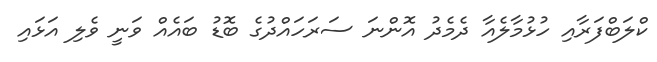
ކްލަބްފަރާއި ހުޅުމާލެއާ ދެމެދު އޮންނަ ސަރަހައްދުގެ ބޮޑު ބައެއް ވަނީ ވެލި އަޅައި